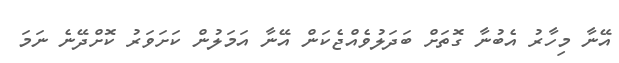
އޭނާ މިހާރު އެބުނާ ގޮތަށް ބަދަލުވެއްޖެކަން އޭނާ އަމަލުން ކަށަވަރު ކޮށްދޭނެ ނަމަ